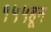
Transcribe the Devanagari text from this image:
१५५हून